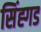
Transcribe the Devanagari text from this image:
सिंह्गड